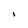
Character: I